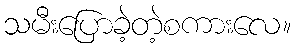
သမီးပြောခဲ့တဲ့စကားလေ။